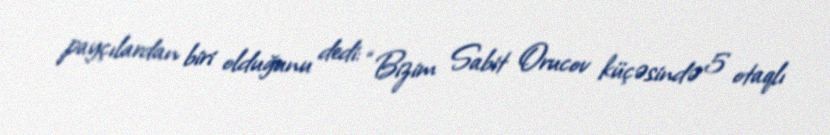
payçılardan biri olduğunu dedi: “Bizim Sabit Orucov küçəsində 5 otaqlı